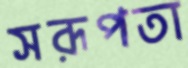
সরূপতা